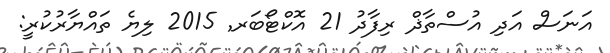
އަނަސް އަދި އުސްތާޛް ރިފާދު 21 އޮކްޓޯބަރ